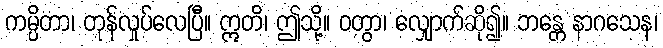
ကမ္ပိတာ၊ တုန်လှုပ်လေပြီ။ ဣတိ၊ ဤသို့။ ဝတွာ၊ လျှောက်ဆို၍။ ဘန္တေ နာဂသေန၊